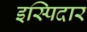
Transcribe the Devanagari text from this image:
इस्पिदार